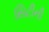
સિટીની